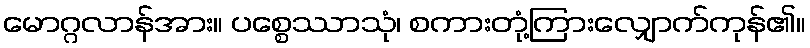
မောဂ္ဂလာန်အား။ ပစ္စေဿာသုံ၊ စကားတုံ့ကြားလျှောက်ကုန်၏။